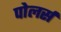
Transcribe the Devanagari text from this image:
पोलर्स